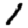
Digit: 1